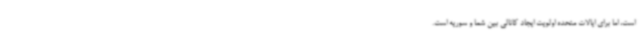
است، اما برای ایالات متحده اولویت ایجاد کانالی بین شما و سوریه است.